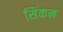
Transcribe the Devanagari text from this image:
सिंकन